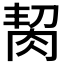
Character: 𦚨